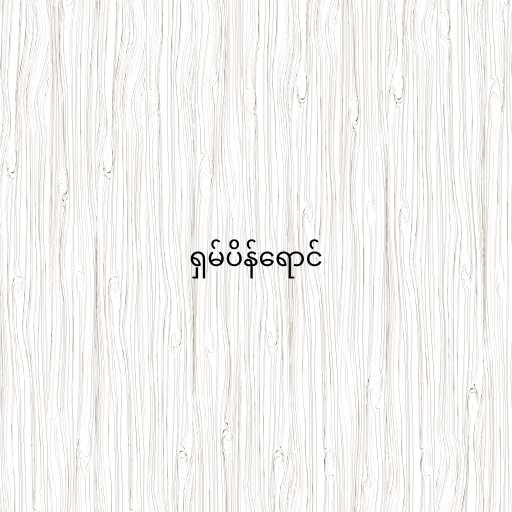
ရှမ်ပိန်ရောင်